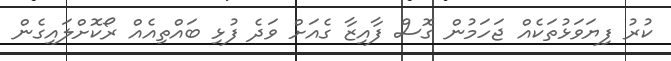
ކުރު ފިޔަވަޅުތަކެއް ޖަހަމުން ގޮސް ފާއިޒާ ގެއަށް ވަދެ ފުޅި ބައްތިއެއް ރޯކޮށްލައިގެން